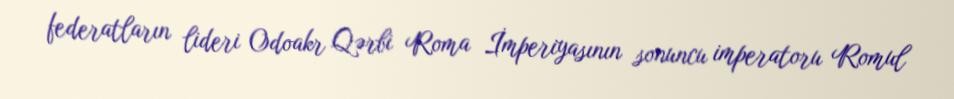
federatların lideri Odoakr Qərbi Roma İmperiyasının sonuncu imperatoru Romul